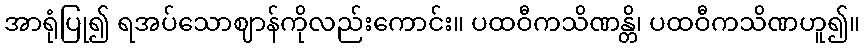
အာရုံပြု၍ ရအပ်သောဈာန်ကိုလည်းကောင်း။ ပထဝီကသိဏန္တိ၊ ပထဝီကသိဏဟူ၍။